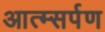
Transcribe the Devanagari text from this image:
आत्म्सर्पण